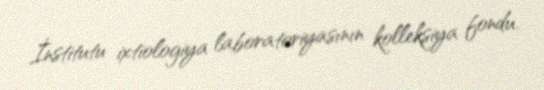
İnstitutu ixtiologiya laboratoriyasının kolleksiya fondu.